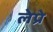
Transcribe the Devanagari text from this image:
लेप्रे